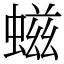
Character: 螆